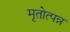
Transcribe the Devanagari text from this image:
मृतोत्पन्न